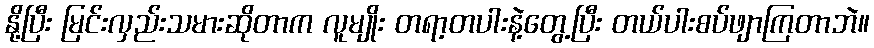
နို့ပြီး မြင်းလှည်းသမားဆိုတာက လူမျိုး တရာ့တပါးနဲ့တွေ့ပြီး တယ်ပါးစပ်ဖျာကြတာဘဲ။